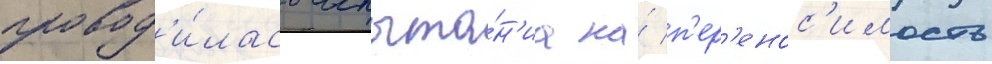
провод'и́лась испыта́н'иа на́ п'ер'енос'имость